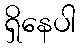
ရှိနေပါ